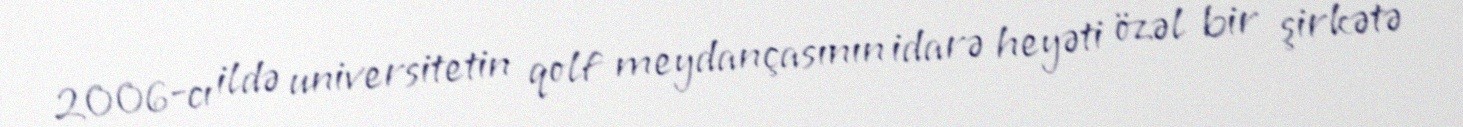
2006-cı ildə universitetin qolf meydançasının idarə heyəti özəl bir şirkətə